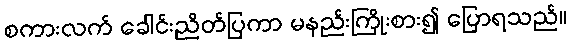
စကားလက် ခေါင်းညိတ်ပြကာ မနည်းကြိုးစား၍ ပြောရသည်။